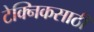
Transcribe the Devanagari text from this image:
टेक्निकसाठी